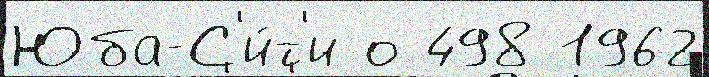
Юба-С'и́т'и о 498 1962